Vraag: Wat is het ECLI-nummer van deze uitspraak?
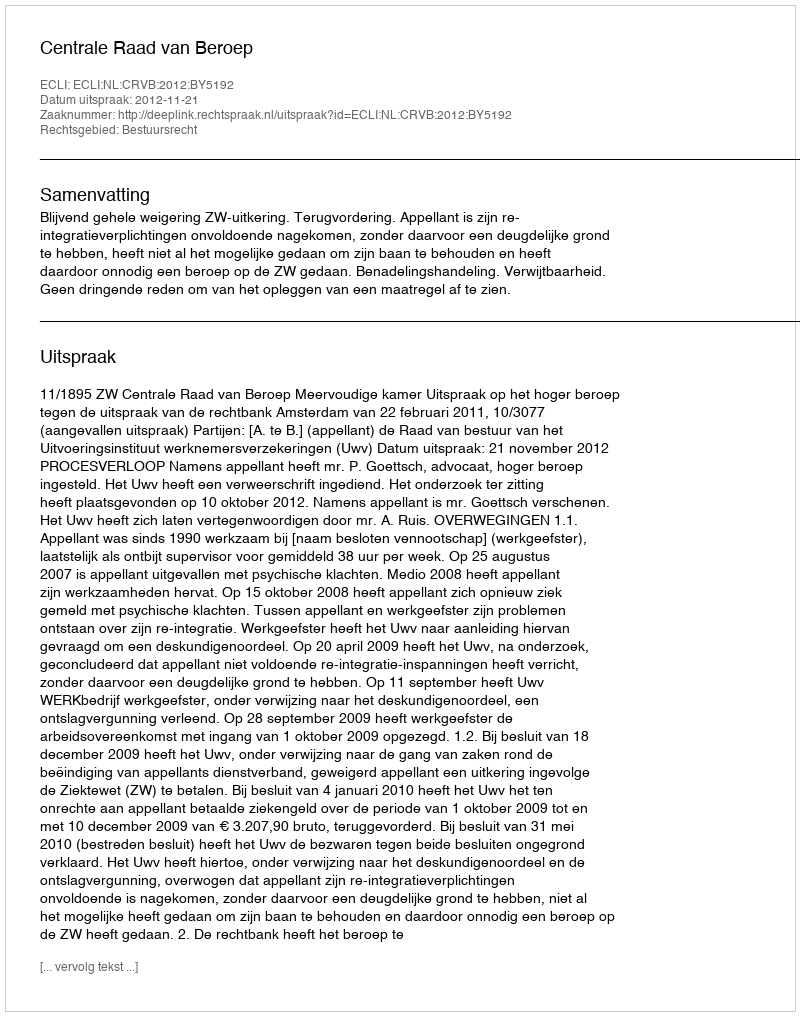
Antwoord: ECLI:NL:CRVB:2012:BY5192